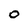
Character: o